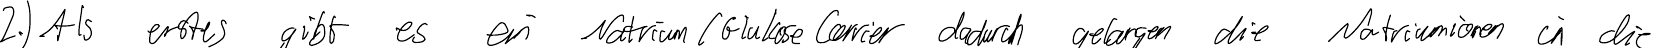
2.) Als erstes gibt es ein Natrium / Glukose Carrier dadurch gelangen die Natriumionen in die